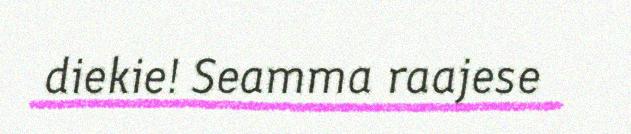
diekie! Seamma raajese